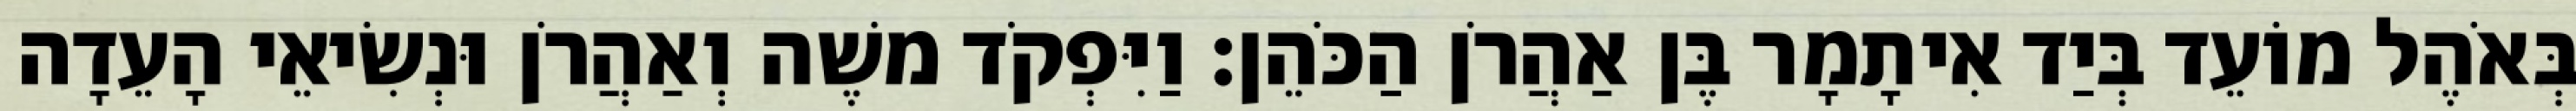
בְּאֹהֶל מוֹעֵד בְּיַד אִיתָמָר בֶּן אַהֲרֹן הַכֹּהֵן׃ וַיִּפְקֹד משֶׁה וְאַהֲרֹן וּנְשִׂיאֵי הָעֵדָה